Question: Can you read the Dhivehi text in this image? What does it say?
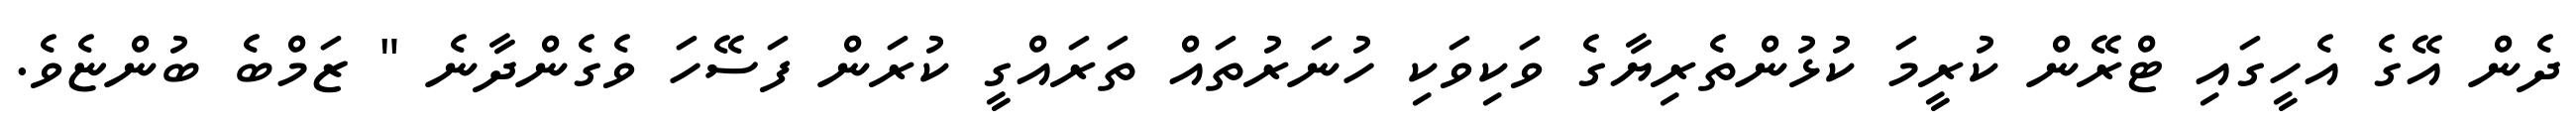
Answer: ދެން އޭގެ އެހީގައި ޓްރޭން ކުރީމަ ކުޅުންތެރިޔާގެ ވަކިވަކި ހުނަރުތައް ތަރައްގީ ކުރަން ފަސޭހަ ވެގެންދާނެ " ޒަމްބެ ބުންޏެވެ.